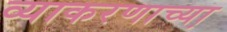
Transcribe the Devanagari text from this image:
व्याकरणाच्या़